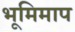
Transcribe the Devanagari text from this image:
भूमिमाप